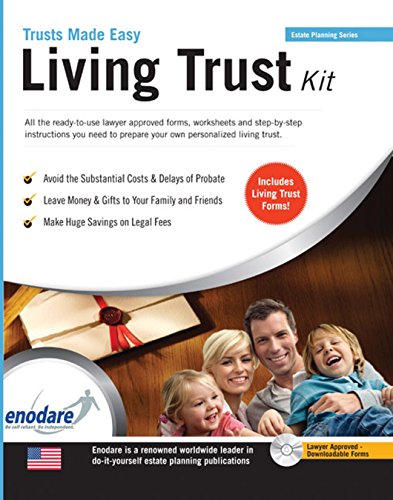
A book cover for Living Trust Kit; Enodare; Law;